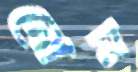
নোম